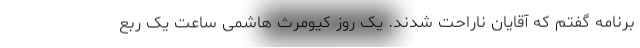
برنامه گفتم که آقایان ناراحت شدند. یک روز کیومرث هاشمی ساعت یک ربع